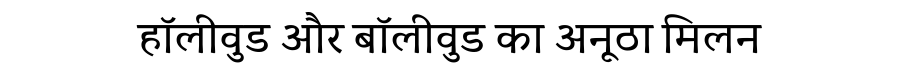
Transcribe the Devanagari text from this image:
हॉलीवुड और बॉलीवुड का अनूठा मिलन